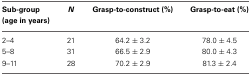
<table><thead><tr><td><b>Sub-group (age in years)</b></td><td><b><i>N</i></b></td><td><b>Grasp-to-construct (%)</b></td><td><b>Grasp-to-eat (%)</b></td></tr></thead><tbody><tr><td>2–4</td><td>21</td><td>64.2 ± 3.2</td><td>78.0 ± 4.5</td></tr><tr><td>5–8</td><td>31</td><td>66.5 ± 2.9</td><td>80.0 ± 4.3</td></tr><tr><td>9–11</td><td>28</td><td>70.2 ± 2.9</td><td>81.3 ± 2.4</td></tr></tbody></table>